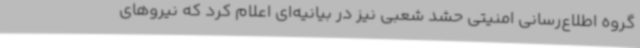
گروه اطلاع‌رسانی امنیتی حشد شعبی نیز در بیانیه‌ای اعلام کرد که نیروهای